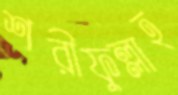
শরীফুল্লাহ